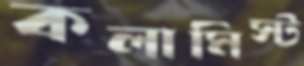
কলামিস্ট